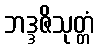
ဘဒ္ဒဇိသုတ္တံ